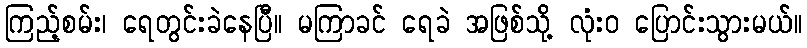
ကြည့်စမ်း၊ ရေတွင်းခဲနေပြီ။ မကြာခင် ရေခဲ အဖြစ်သို့ လုံးဝ ပြောင်းသွားမယ်။